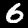
Label: 6